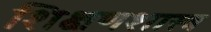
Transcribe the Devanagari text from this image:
शिक्षणशास्‍त्र